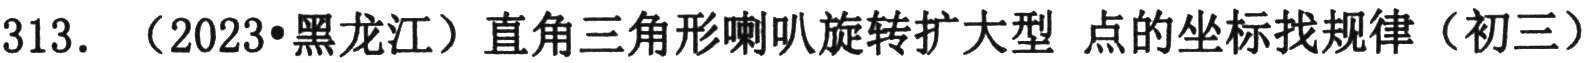
313. （2023•黑龙江）直角三角形喇叭旋转扩大型 点的坐标找规律（初三）